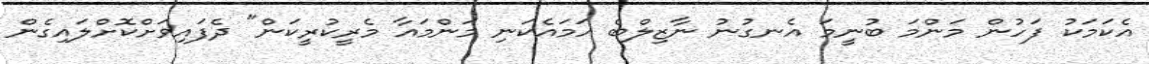
އެކަމަކު ފަހުން މަންމަ ބުނީމަ އެނގުނު ނާޒިލްބެ ހަމައެކަނި މަންމައާ މެރީކުރީކަން" ދެފައިވަށްކޮށްލައިގެން